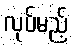
လုပ်မည့်